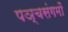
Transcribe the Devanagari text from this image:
पञ्चसंगमों